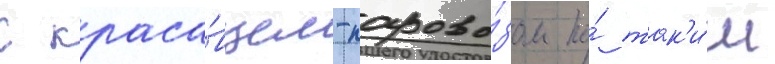
с краса́вцем-парово́зом по́ так'и́м